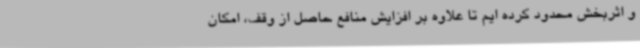
و اثربخش محدود کرده ایم تا علاوه بر افزایش منافع حاصل از وقف، امکان